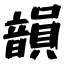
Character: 韻